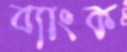
ব্যাংক